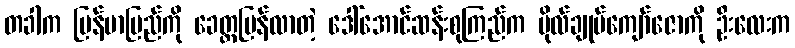
တခါက မြန်မာပြည်ကို ခေတ္တပြန်လာတဲ့ ဒေါ်အောင်ဆန်းစုကြည်က ဗိုလ်ချုပ်ကျော်ဇောကို ဦးလေးက